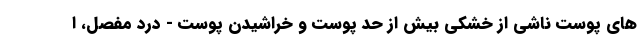
های پوست ناشی از خشکی بیش از حد پوست و خراشیدن پوست - درد مفصل، ا